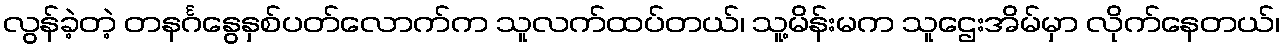
လွန်ခဲ့တဲ့ တနင်္ဂနွေနှစ်ပတ်လောက်က သူလက်ထပ်တယ်၊ သူ့မိန်းမက သူဌေးအိမ်မှာ လိုက်နေတယ်၊